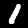
Digit: 1